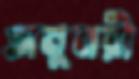
অনুনয়ী